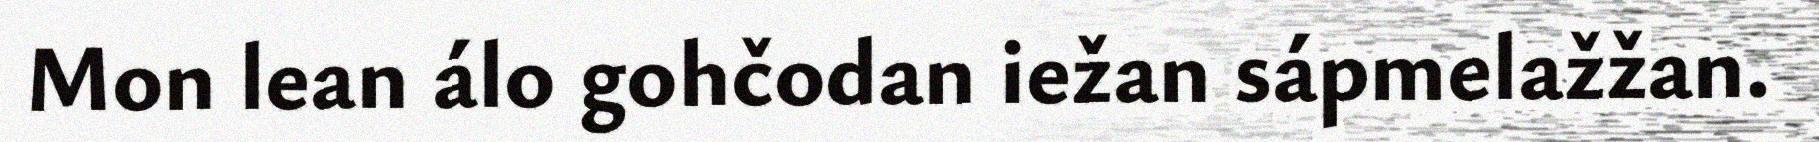
Mon lean álo gohčodan iežan sápmelažžan.